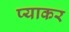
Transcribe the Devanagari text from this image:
प्याकर